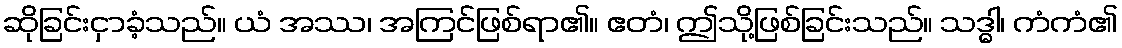
ဆိုခြင်းငှာခံ့သည်။ ယံ အဿ၊ အကြင်ဖြစ်ရာ၏။ ဧတံ၊ ဤသို့ဖြစ်ခြင်းသည်။ သဒ္ဓါ၊ ကံကံ၏